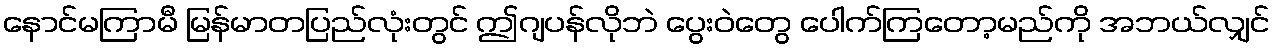
နောင်မကြာမီ မြန်မာတပြည်လုံးတွင် ဤဂျပန်လိုဘဲ ပွေးဝဲတွေ ပေါက်ကြတော့မည်ကို အဘယ်လျှင်